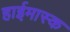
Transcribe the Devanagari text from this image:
हाईमास्क